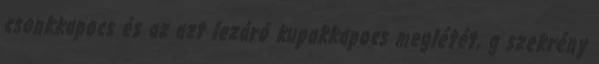
csonkkapocs és az azt lezáró kupakkapocs meglétét, g szekrény